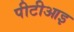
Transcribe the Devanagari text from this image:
पीटीआइ